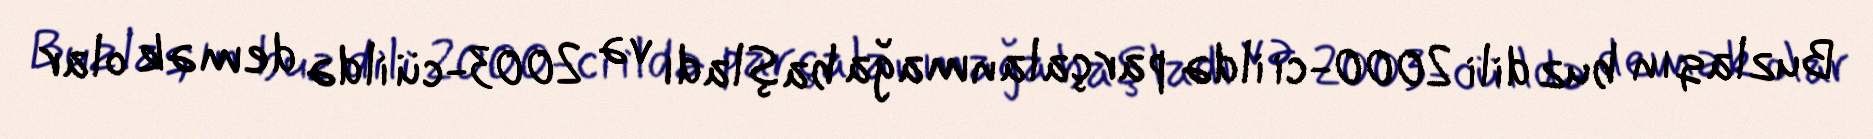
Buzlaqın buz dili 2000-ci ildə parçalanmağa başladı və 2003-cü ildə demək olar